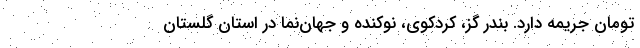
تومان جریمه دارد. بندر گز، کردکوی، نوکنده و جهان‌نما در استان گلستان